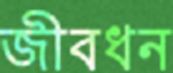
জীবধন